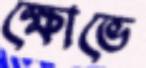
ক্ষোভে